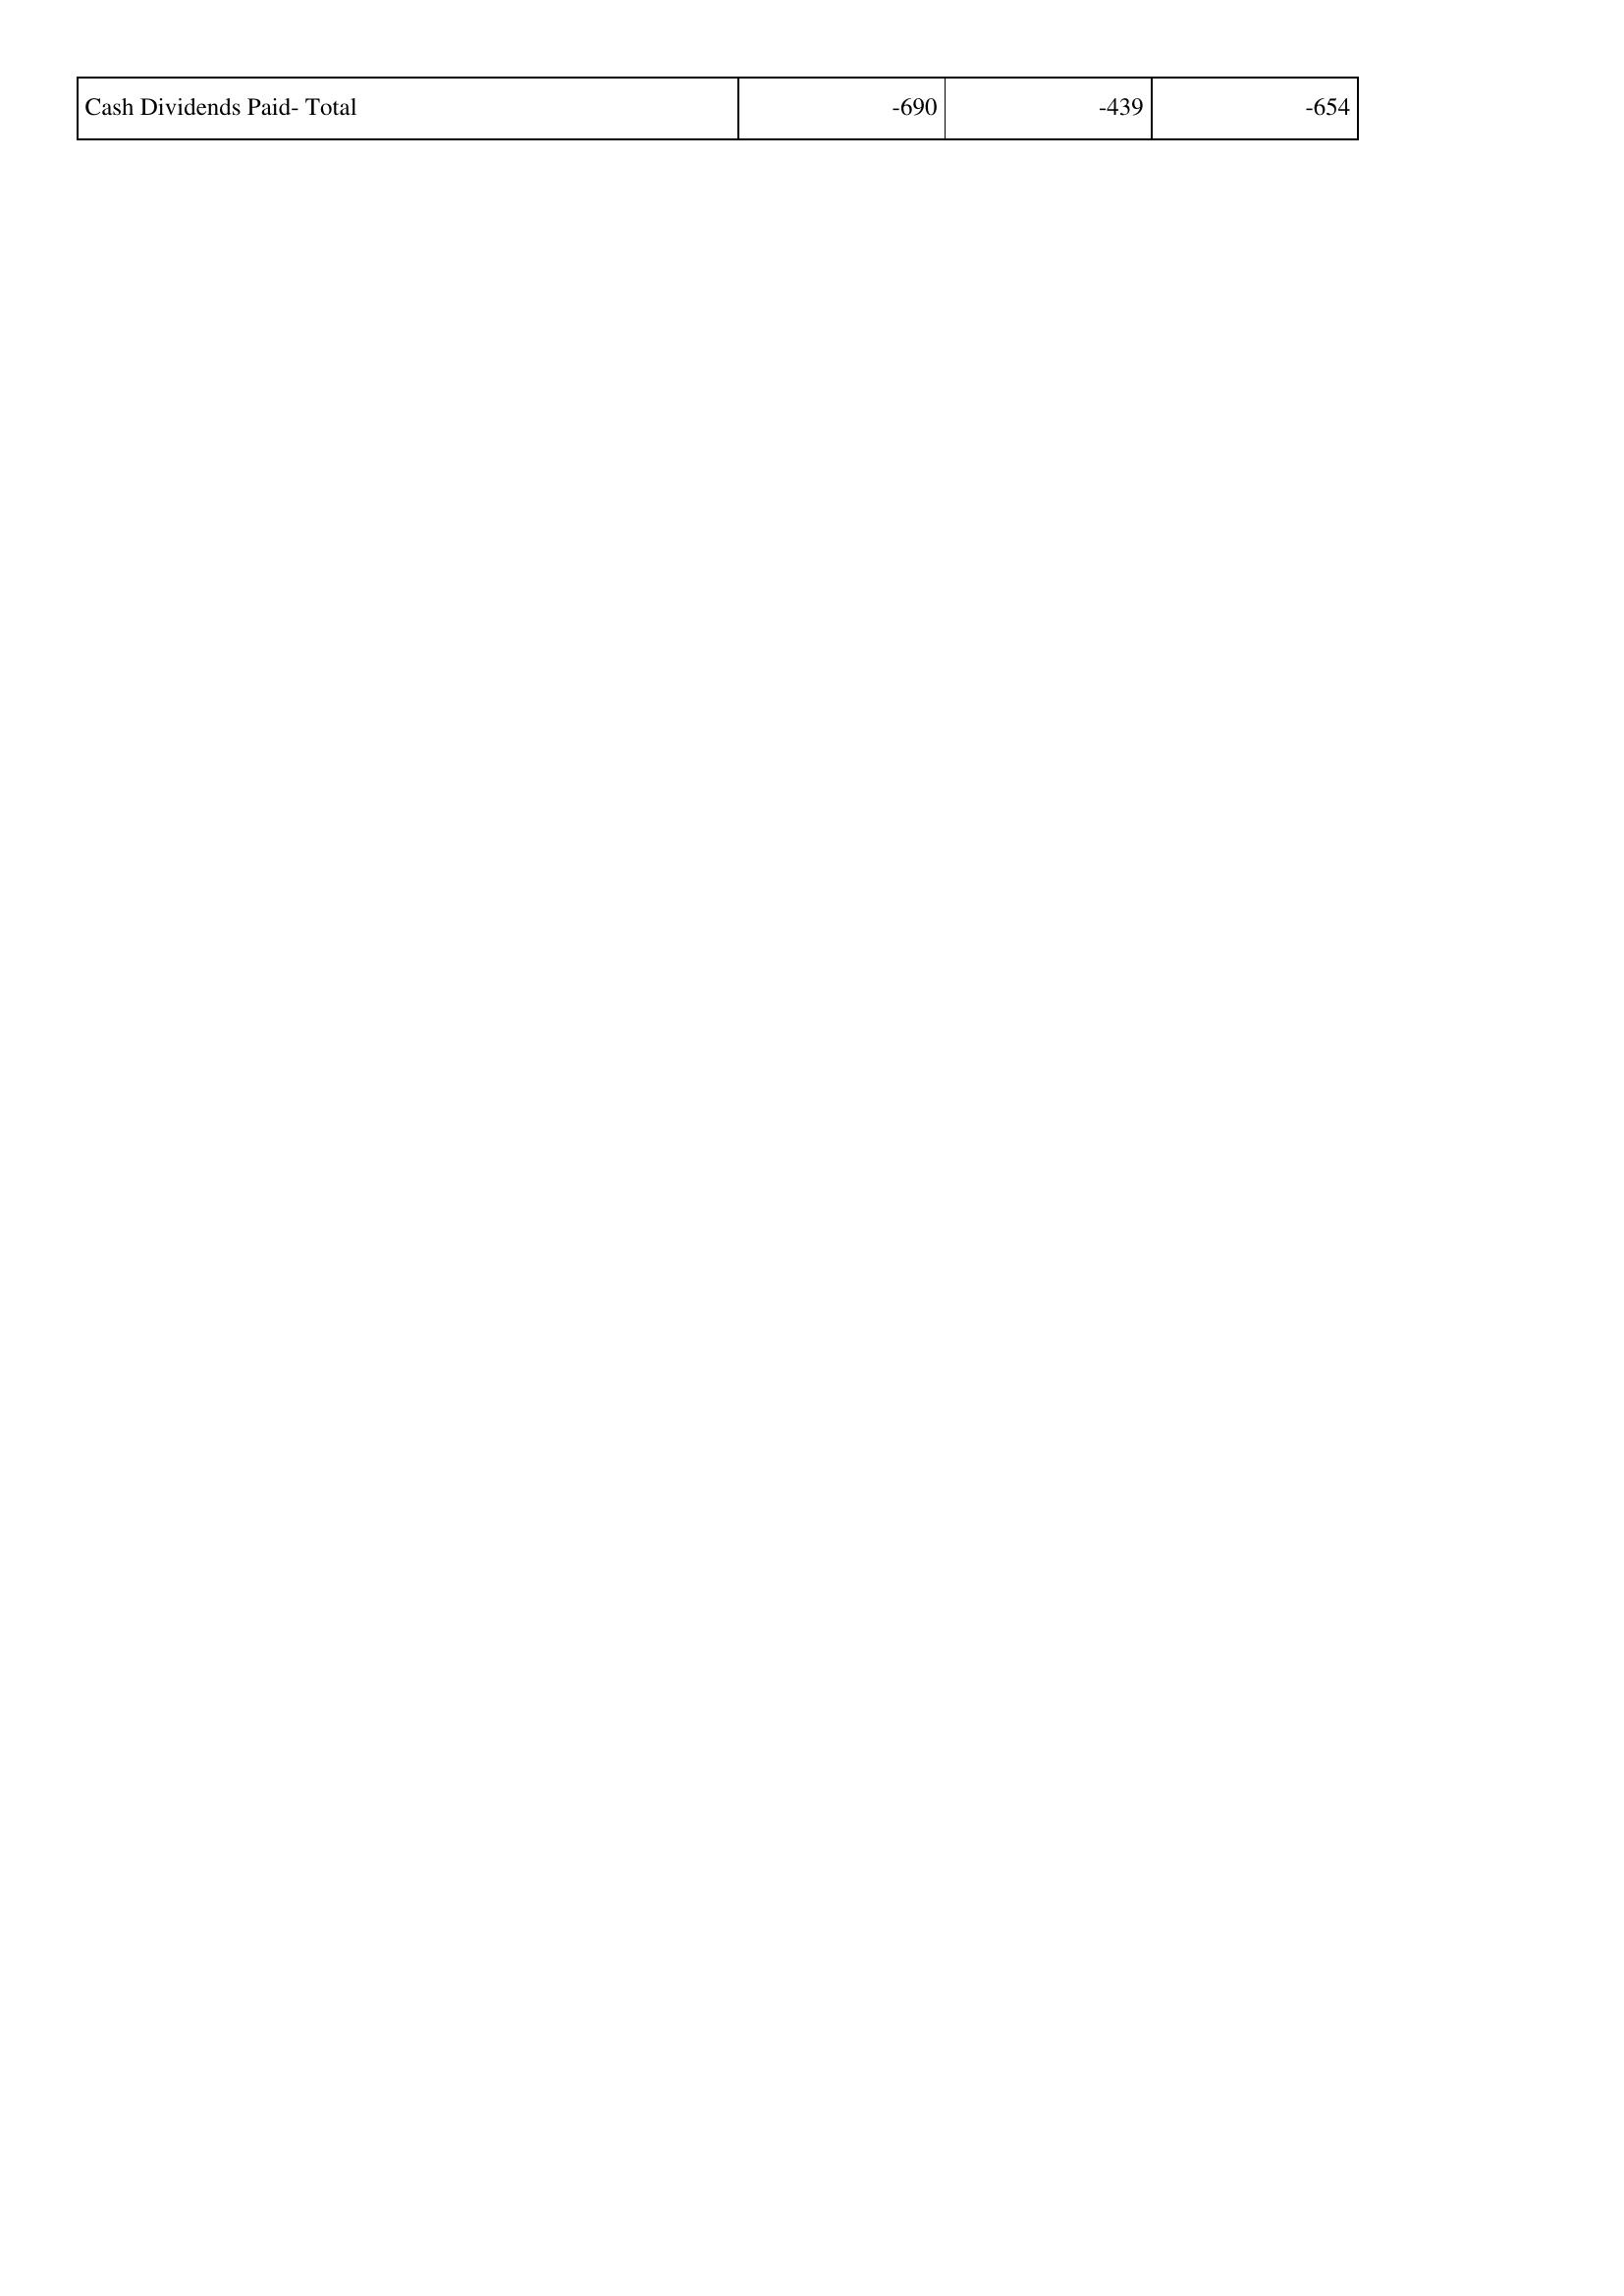
2012: Financing Activities: Cash Dividends Paid- Total: -690
2013: Financing Activities: Cash Dividends Paid- Total: -439
2014: Financing Activities: Cash Dividends Paid- Total: -654